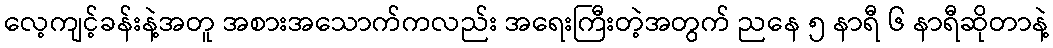
လေ့ကျင့်ခန်းနဲ့အတူ အစားအသောက်ကလည်း အရေးကြီးတဲ့အတွက် ညနေ ၅ နာရီ ၆ နာရီဆိုတာနဲ့